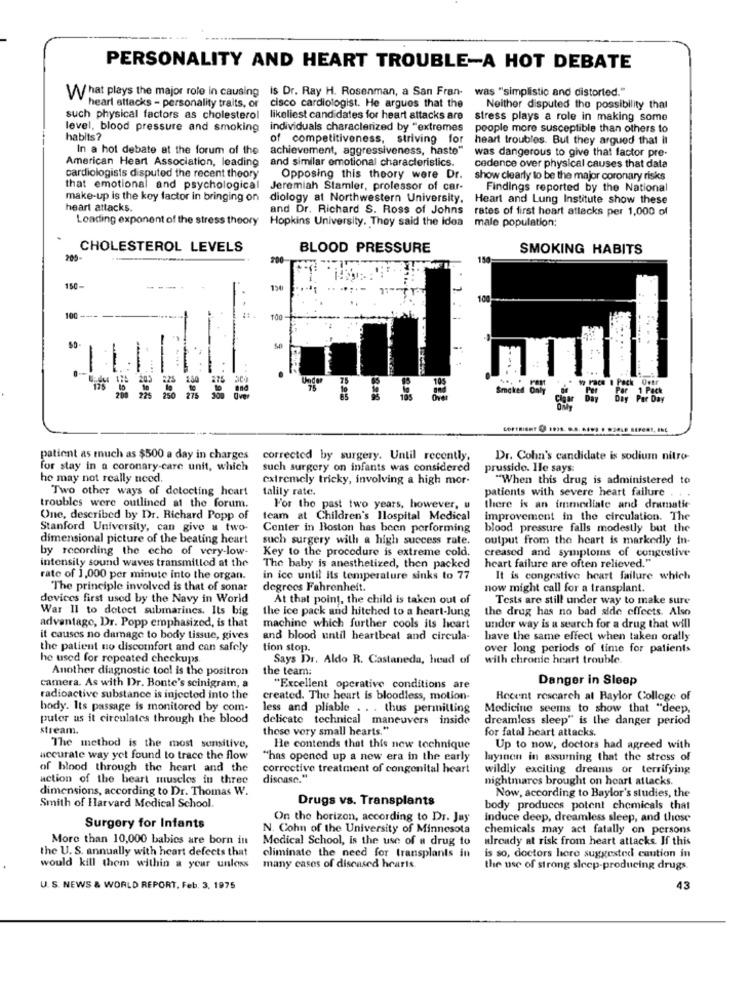
PERSONALITY AND HEART TROUBLE-A HOT DEBATE
was "simplistic and distorted."
What plays the major role in causing is Dr. Ray H. Rosenman, a San Fran-
cisco cardiologist. He argues that the
heart attacks - personality traits, or
Neither disputed the possibility that
such physical factors as cholesterol likeliest candidates for heart attacks are
stress plays a role in making some
level, blood pressure and smoking
individuals characterized by "extremes
people more susceptible than others to
habits?
of competitiveness, striving for
heart troubles. But they argued that it
In a hot debate at the forum of the
achievement, aggressiveness, haste"
was dangerous to give that factor pre-
American Heart Association, leading
and similar emotional characteristics.
cedence over physical causes that data
cardiologists disputed the recent theory
Opposing this theory were Dr.
show clearly to be the major coronary risks
that emotional and psychological
Jeremiah Stamler, prolessor of car-
Findings reported by the National
make-up is the key factor in bringing on
diology at Northwestern University, Heart and Lung Institute show these
heart attacks.
and Dr. Richard S. Ross of Johns
rates of first heart attacks per 1,000 of
Loading exponent of the stress theory Hopkins University. They said the idea
male population:
CHOLESTEROL LEVELS
BLOOD PRESSURE
SMOKING HABITS
205-
150-
100
100
--
--
-
Smoked only
=======
patient as much as $500 a day in charges
corrected by surgery. Until recently,
Dr. Cohn's candidate is sodium nitro-
for stay in a coronary-care unit, which
such surgery on infants was considered
prussido. Hle says:
he may not really need,
extremely tricky, involving a high mor-
"When this drug is administered to
Two other ways of detecting heart
talily rate.
patients with severe heart failure . . .
troubles were outlined at the forum.
For the past two years, however, u
there is an immediate and dramatic
One, described by Dr. Richard Popp of
team at Children's Ilospital Medical
improvement in the circulation. The
Stanford University, can give a two-
Center in Boston has been performing
blood pressure falls modestly but the
dimensional picture of the beating heart
such surgery with a high success rate.
output from the heart is markedly in-
by recording the echo of very-low-
Key to the procedure is extreme cold.
intensity sound waves transmitled at the
creased and symptoms of congestive
The baby is anesthetized, then packed
heart failure are often relieved."
rate of 1,000 per minute into the organ.
in ice until its temperature sinks to 77
It is congestive heart failure which
The principle involved is that of sonar
degrees Fahrenheit.
now might call for a transplant.
devices first used by the Navy in World
At that point, the child is taken out of
Tests are still under way to make sure
War II to dotoet submarines. Its big
the drug has no bad side effects. Also
advantage, Dr. Popp emphasized, is that
the Ice pack and hitched to a heart-Jung
machine which further cools its heart
under way is a search for a drug that will
it causes no damage to body tissue, gives
and blood until heartbeat and circula-
have the same effect when taken orally
the patient no discomfort and can safely
tion stop.
over long periods of time for patients
he used for repeated checkups.
Says Dr. Aldo R. Castaneda, head of
with chronic heart trouble.
Another diagnostic tool is the positron
the team:
Danger in Sleep
camera. As with Dr. Bonte's seinigram, a
"Excellent operative conditions are
radioactive substance is injected into the
created. The heart is bloodless, motion-
Recent research at Baylor College of
body. Its passage is monitored by com-
less and pliable . . . thus permilling
Medicine seems to show that "deep,
puter us it circulates through the blood
delicate technical maneuvers inside
dreamless sleep" is the danger period
stream.
those very small hearts."
for fatal heart attacks.
The method is the most sensitive,
He contends that this new technique
Up to now, doctors had agreed with
accurate way yet found to trace the flow
"has opened up a new era in the early
layınen in assuming that the stress of
of blood through the heart and the
corrective treatment of congenital heart
wildly exciting dreams or terrifying
action of the heart muscles in three
discase."
nightmares brought on heart attacks.
dimensions, according to Dr. Thomas W.
Drugs vs. Transplants
Now, according to Baylor's studies, the
Smith of Harvard Medical School.
body produces potent chemicals that
On the horizon, according to Dr. Jay
Induce deep, dreamless sleep, and those
Surgery for Infants
N. Cohn of the University of Minnesota
chemicals may act fatally on persons
More than 10,000 babies are born in
Medical School, is the use of a drug to
already at risk from heart attacks. If this
the U. S. annually with heart defects that
eliminate the need for transplants in
is so, doctors here suggested caution in
would kill them within a year unloss
many cases of diseased hearts.
the use of strong sleep-producing drugs.
U. S. NEWS & WORLD REPORT, Feb. 3, 1975
43